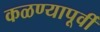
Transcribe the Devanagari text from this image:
कळण्यापूर्वी